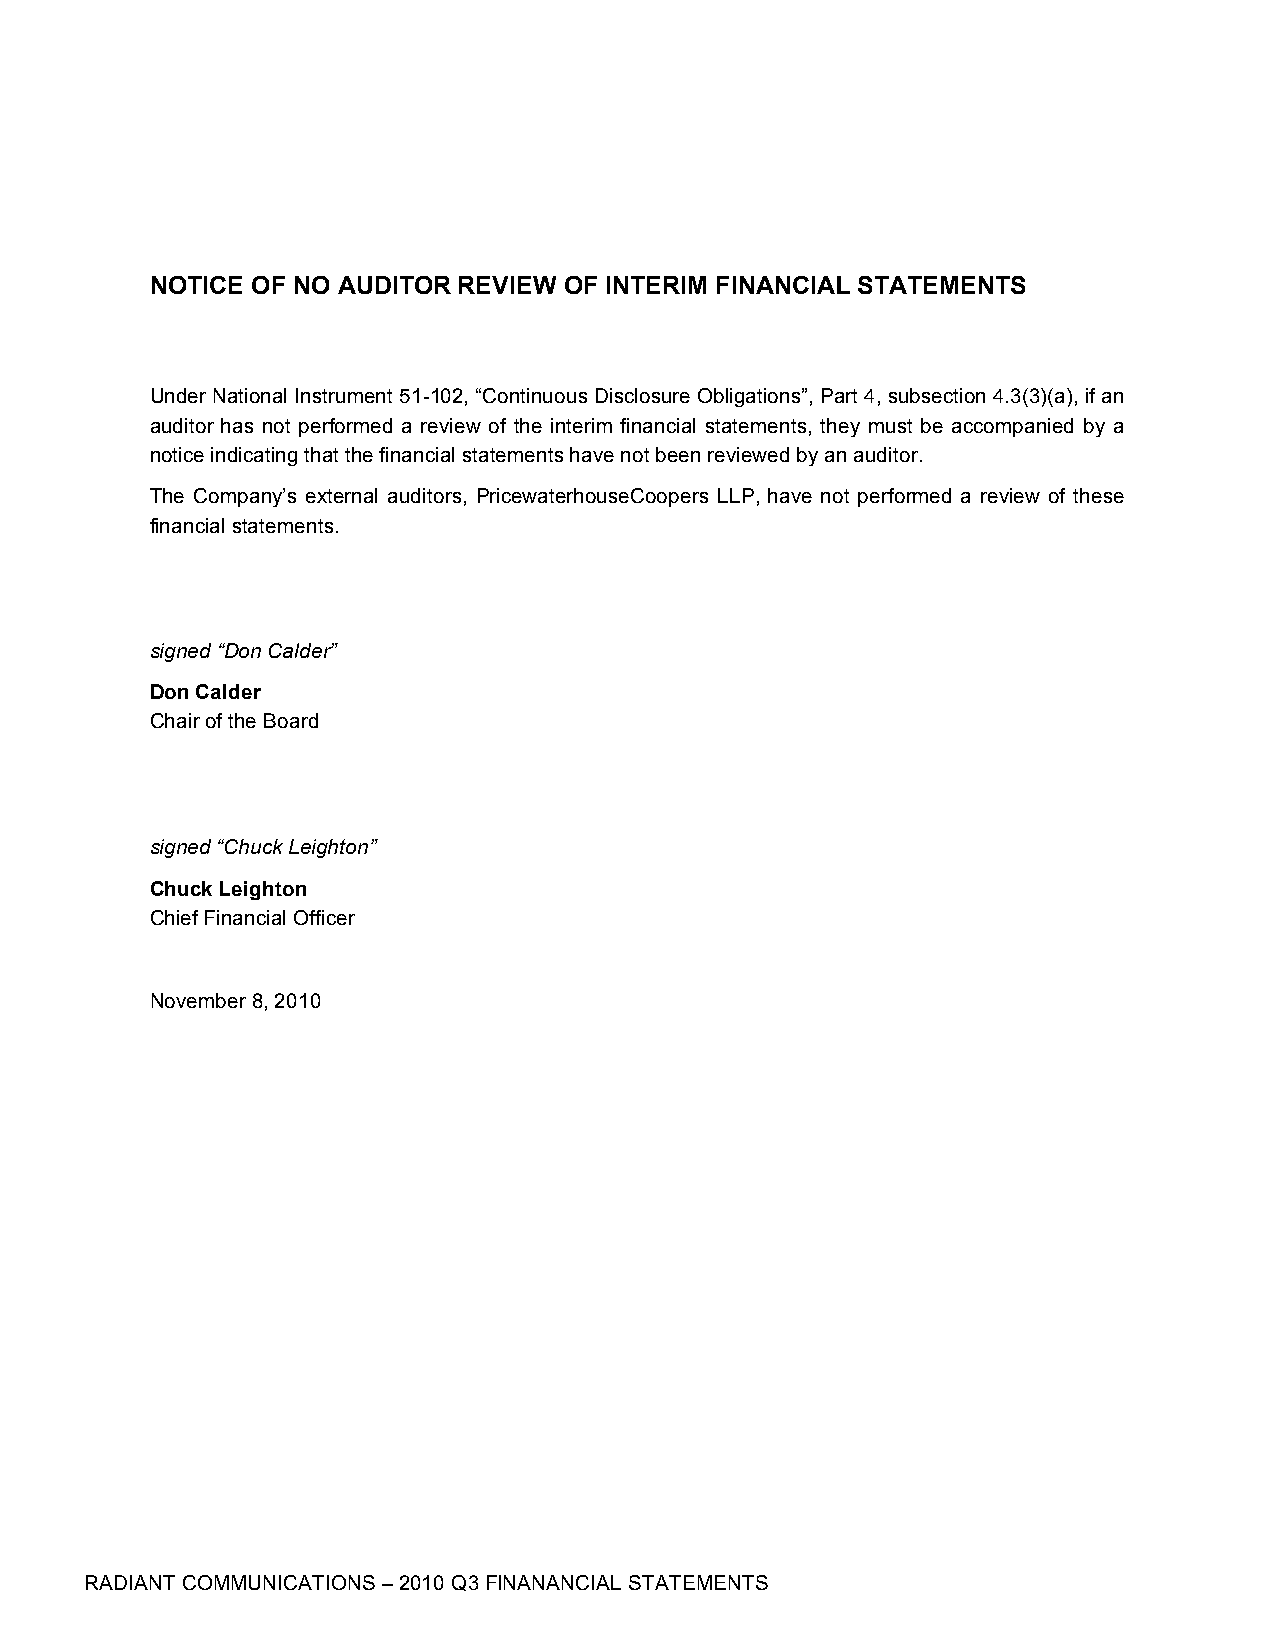
NOTICE OF NO AUDITOR REVIEW OF INTERIM FINANCIAL STATEMENTS
 Under National Instrument 51-102, “Continuous Disclosure Obligations”, Part 4, subsection 4.3(3)(a), if an
 auditor has not performed a review of the interim financial statements, they must be accompanied by a
 notice indicating that the financial statements have not been reviewed by an auditor.
 The Company’s external auditors, PricewaterhouseCoopers LLP, have not performed a review of these
 financial statements.
 signed “Don Calder”
 Don Calder
 Chair of the Board
 signed “Chuck Leighton”
 Chuck Leighton
 Chief Financial Officer
 November 8, 2010
 RADIANT COMMUNICATIONS – 2010 Q3 FINANANCIAL STATEMENTS